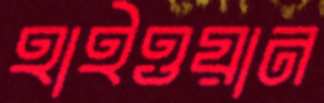
হাইওয়ান